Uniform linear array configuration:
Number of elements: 48
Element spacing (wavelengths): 0.5
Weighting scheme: kaiser
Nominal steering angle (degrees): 30
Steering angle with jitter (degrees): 31.787
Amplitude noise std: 0.05
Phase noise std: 0.05

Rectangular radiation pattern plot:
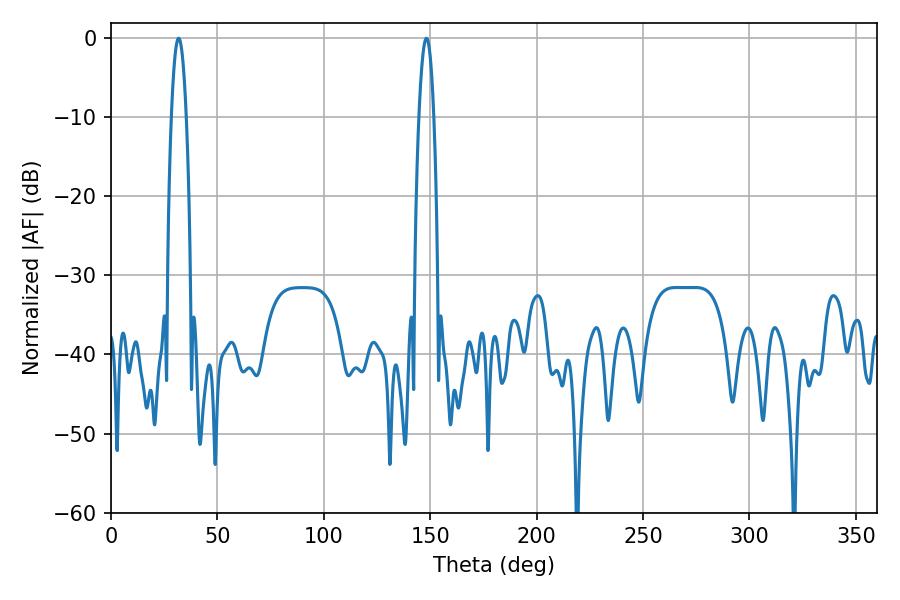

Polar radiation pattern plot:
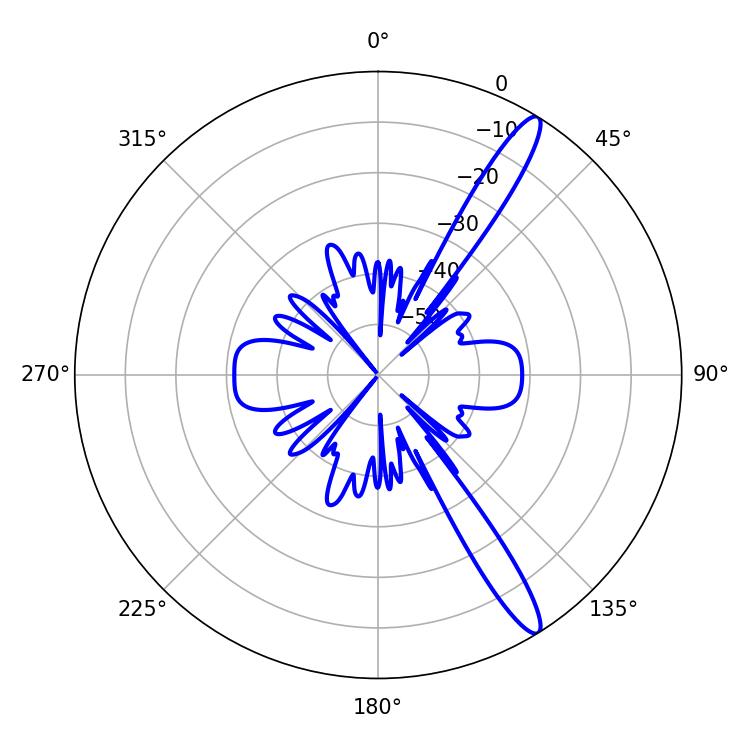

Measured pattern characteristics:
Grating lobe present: FALSE
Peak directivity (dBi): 14.148
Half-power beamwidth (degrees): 3.78
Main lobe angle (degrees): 31.86